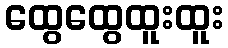
ထွေထွေထူးထူး